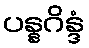
ပန္နဂိန္ဒံ